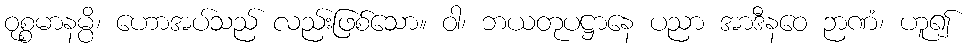
ဝုစ္စမာနမ္ပိ၊ ဟောအပ်သည် လည်းဖြစ်သော။ ဝါ၊ ဘယတုပဋ္ဌာနေ ပညာ အာဒီနဝေ ဉာဏံ၊ ဟူ၍